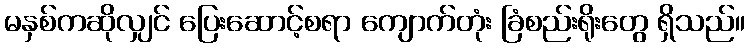
မနှစ်ကဆိုလျှင် ပြေးဆောင့်စရာ ကျောက်တုံး ခြံစည်းရိုးတွေ ရှိသည်။